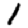
Digit: 1